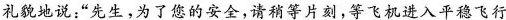
礼貌地说：“先生，为了的安全，请稍等片刻，等飞机进入平稳飞行